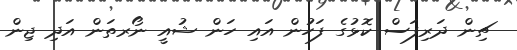
ޗިން ދަރިފަސް ކޮޅުގެ ފަހުން އައި ހަން ޝުއީ ނޯރތަން އަދި ޖިން